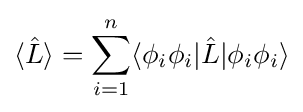
\langle {\hat {L}}\rangle =\sum _{i=1}^{n}\langle \phi _{i}\phi _{i}|{\hat {L}}|\phi _{i}\phi _{i}\rangle